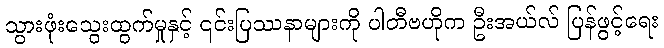
သွားဖုံးသွေးထွက်မှုနှင့် ၎င်းပြဿနာများကို ပါတီဗဟိုက ဦးအယ်လ် ပြန်ဖွင့်ရေး